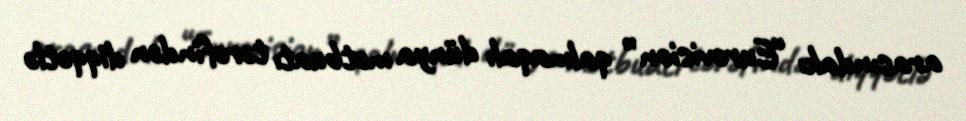
arasındakı “Eurovision” qalmaqalı dünya mətbuatı tərəfindən diqqətlə